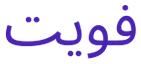
فويت